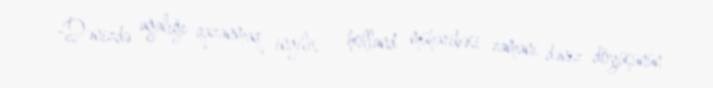
-Dənizdə ağalığı qazanmaq ingilis - holland müharibəsi zamanı dəniz döyüşünün